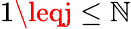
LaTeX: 1\leqj\leq\mathbb{N}